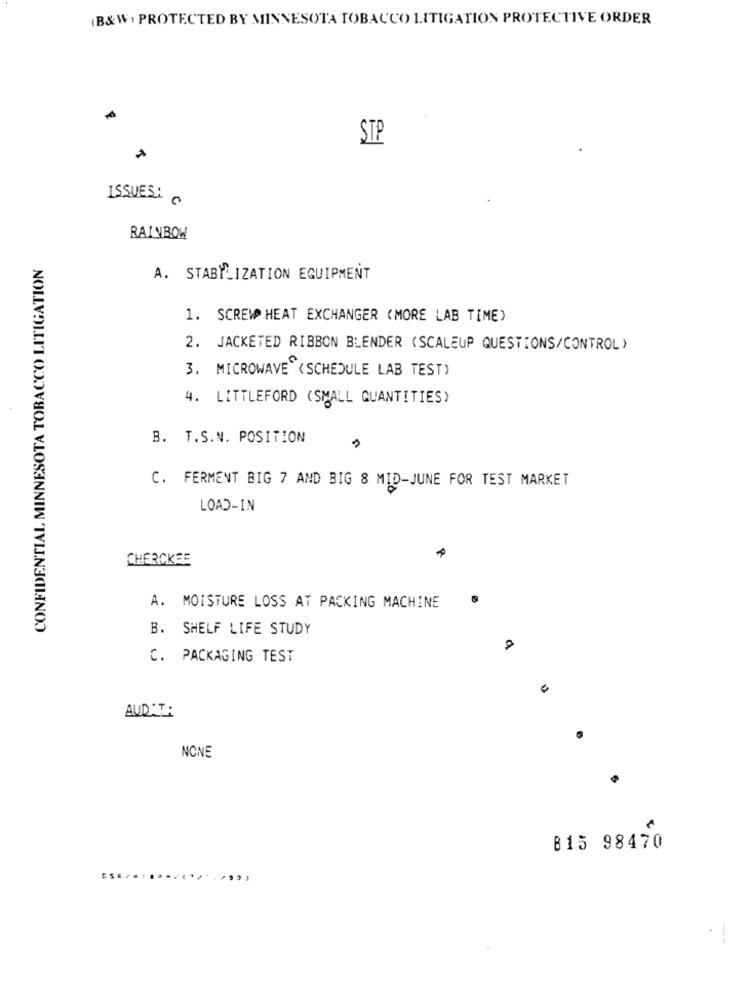
B&W; PROTECTED BY MINNESOTA TOBACCO LITIGATION PROTECTIVE ORDER
STP
ISSUES!
RAINBOW
CONFIDENTIAL MINNESOTA TOBACCO LITIGATION
A. STABILIZATION EQUIPMENT
1. SCREW HEAT EXCHANGER (MORE LAB TIME)
2. JACKETED RIBBON BLENDER (SCALEUP QUESTIONS/CONTROL )
3. MICROWAVE (SCHEDULE LAB TEST)
4. LITTLEFORD (SMALL QUANTITIES)
B. T.S.N. POSITION
C. FERMENT BIG 7 AND BIG 8 MID-JUNE FOR TEST MARKET
LOAD-IN
CHEROKEE
A. MOISTURE LOSS AT PACKING MACHINE
B. SHELF LIFE STUDY
C. PACKAGING TEST
AUDIT:
NONE
815 98470
..... ........ . . ...,